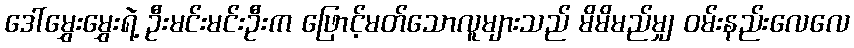
ဒေါ်မွှေးမွှေးရဲ့ ဦးမင်းမင်းဦးက ဖြောင့်မတ်သောလူများသည် မိမိမည်မျှ ဝမ်းနည်းလေလေ